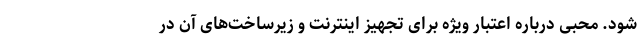
شود. محبی درباره اعتبار ویژه برای تجهیز اینترنت و زیرساخت‌های آن در